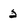
Character: 2